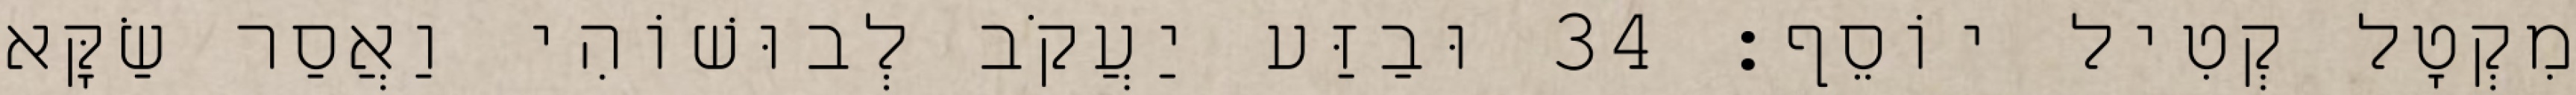
מִקְטָל קְטִיל יוֹסֵף׃ 34 וּבַזַּע יַעֲקֹב לְבוּשׁוֹהִי וַאֲסַר שַׂקָּא